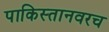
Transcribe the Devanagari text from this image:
पाकिस्तानवरच